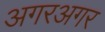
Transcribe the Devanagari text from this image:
अगरअगर